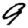
Digit: 9